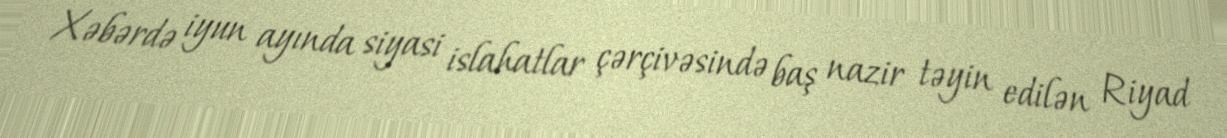
Xəbərdə iyun ayında siyasi islahatlar çərçivəsində baş nazir təyin edilən Riyad